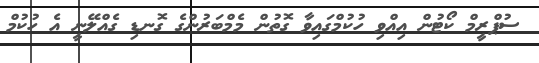
ސުޕްރީމް ކޯޓުން އިއްވި ހުކުމްގައިވާ ގޮތުން މެމްބަރުންގެ ގޮނޑި ގެއްލޭނީ އެ ހުކުމް